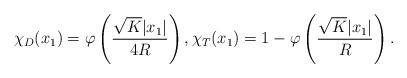
LaTeX: \begin{align*}\chi_D(x_1) = \varphi\left(\frac{\sqrt{K} |x_1|}{4R}\right), \chi_T(x_1) = 1-\varphi\left(\frac{\sqrt{K} |x_1|}{R}\right). \end{align*}